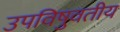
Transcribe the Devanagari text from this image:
उपविषुवतीय